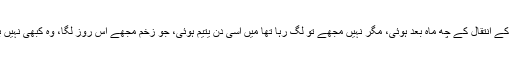
میں نے اپنے بابا کو نہیں دیکھا، میری پیدائش ان کے انتقال کے چھ ماہ بعد ہوئی، مگر نہیں مجھے تو لگ رہا تھا میں اسی دن یتیم ہوئی، جو زخم مجھے اس روز لگا، وہ کبھی نہیں بھر سکتا تھا نہ اس کا کوئی نعم البدل ہو سکتا تھا۔